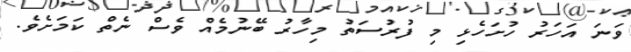
ވަނަ އަހަރު ހުށަހެޅި މި ފުރުސަތު މިހާރު ބޭނުމެއް ވެސް ނެތް ކަމަށެވެ.